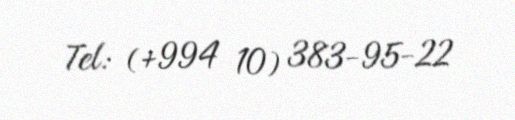
Tel: (+994 10) 383-95-22